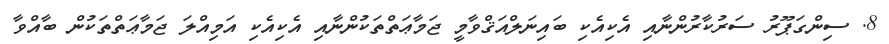
8. ސިންގަޕޫރު ސަރުކާރުންނާއި އެކިއެކި ބައިނަލްއަޤްވާމީ ޖަމާޢަތްތަކުންނާއި އެކިއެކި އަމިއްލަ ޖަމާޢަތްތަކުން ބާއްވާ